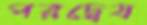
পরদ্বেষ